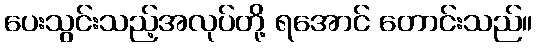
ပေးသွင်းသည့်အလုပ်တို့ ရအောင် တောင်းသည်။